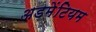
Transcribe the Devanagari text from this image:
अडमेंटियम